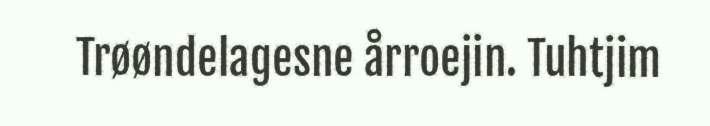
Trøøndelagesne årroejin. Tuhtjim